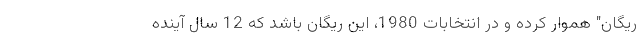
ریگان" هموار کرده و در انتخابات 1980، این ریگان باشد که 12 سال آینده